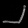
Digit: ၂